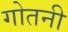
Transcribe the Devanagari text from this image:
गोतनी